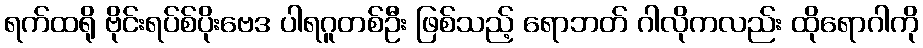
ရက်ထရို ဗိုင်းရပ်စ်ပိုးဗေဒ ပါရဂူတစ်ဦး ဖြစ်သည့် ရောဘတ် ဂါလိုကလည်း ထိုရောဂါကို